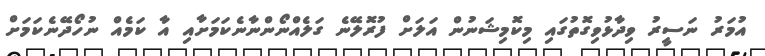
އުމަރު ނަސީރު ވިދާޅުވިގޮތުގައި މިކޮމިޝަނުން އަލަށް ފުރޮލޭނެ ގަލެއްނޯންނާނެކަމަށާއި އާ ކަމެއް ނުހޯދޭނެކަމަށް